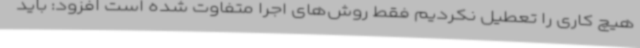
هیچ کاری را تعطیل نکردیم فقط روش‌های اجرا متفاوت شده است افزود: باید